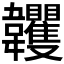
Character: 𩏺